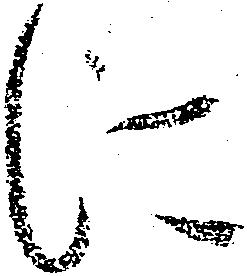
に